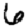
Digit: 6